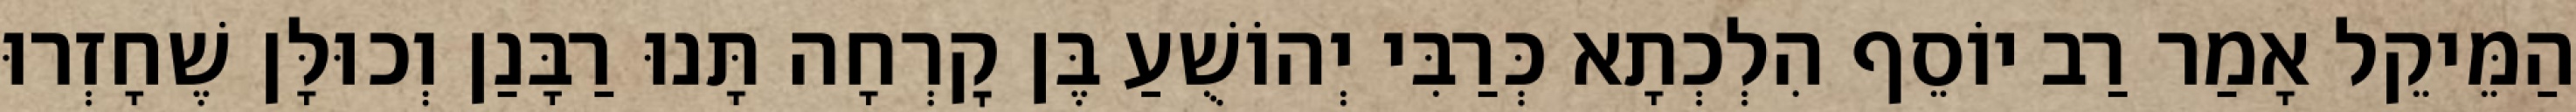
הַמֵּיקֵל אָמַר רַב יוֹסֵף הִלְכְתָא כְּרַבִּי יְהוֹשֻׁעַ בֶּן קׇרְחָה תָּנוּ רַבָּנַן וְכוּלָּן שֶׁחָזְרוּ